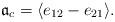
LaTeX: \begin{align*} {\mathfrak a}_c = \langle e_{12} - e_{21} \rangle.\end{align*}